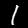
Digit: 1